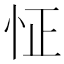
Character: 怔